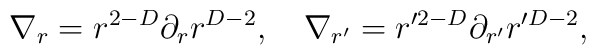
\nabla_r=r^{2-D}\partial_r r^{D-2},\quad \nabla_{r'}=r^{\prime2-D}\partial_{r'}r^{\prime D-2},